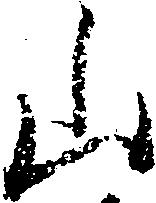
山